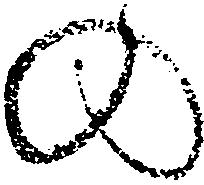
の